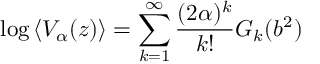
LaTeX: \log \left\langle V _ { \alpha } ( z ) \right\rangle = \sum _ { k = 1 } ^ { \infty } \frac { ( 2 \alpha ) ^ { k } } { k ! } G _ { k } ( b ^ { 2 } )